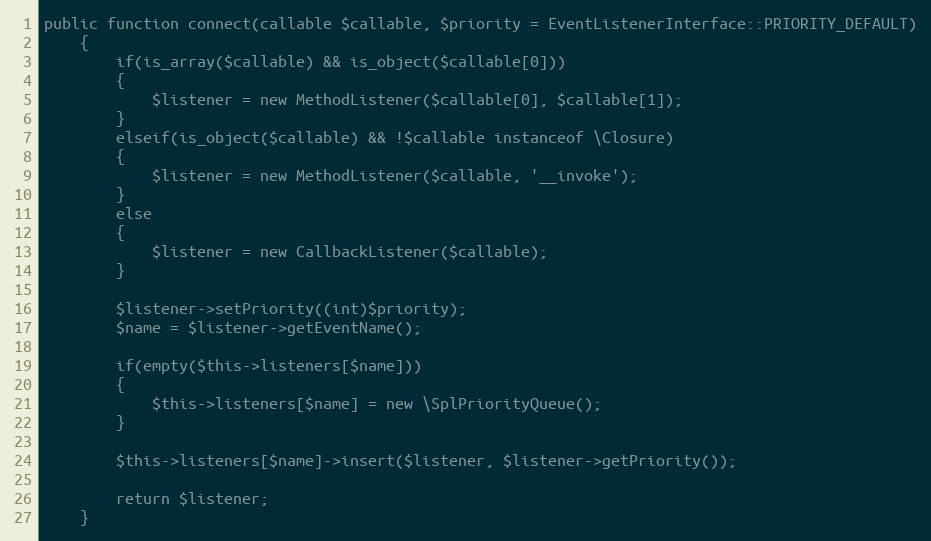
Language: PHP
public function connect(callable $callable, $priority = EventListenerInterface::PRIORITY_DEFAULT)
	{
		if(is_array($callable) && is_object($callable[0]))
		{
			$listener = new MethodListener($callable[0], $callable[1]);
		}
		elseif(is_object($callable) && !$callable instanceof \Closure)
		{
			$listener = new MethodListener($callable, '__invoke');
		}
		else
		{
			$listener = new CallbackListener($callable);
		}

		$listener->setPriority((int)$priority);
		$name = $listener->getEventName();

		if(empty($this->listeners[$name]))
		{
			$this->listeners[$name] = new \SplPriorityQueue();
		}

		$this->listeners[$name]->insert($listener, $listener->getPriority());

		return $listener;
	}